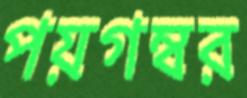
পয়গম্বর